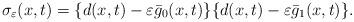
LaTeX: \begin{align*} \sigma_\varepsilon(x,t) = \{d(x,t)-\varepsilon\bar{g}_0(x,t)\}\{d(x,t)-\varepsilon\bar{g}_1(x,t)\}. \end{align*}